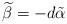
LaTeX: \begin{align*}\widetilde{\beta}=-d\tilde{\alpha}\end{align*}